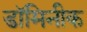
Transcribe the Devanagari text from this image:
डॉमिनीक